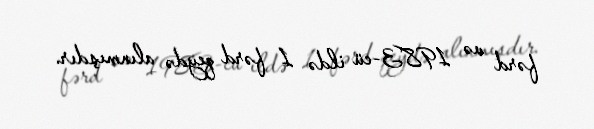
fərd və 1983-cü ildə 1 fərd qeydə alınmışdır.